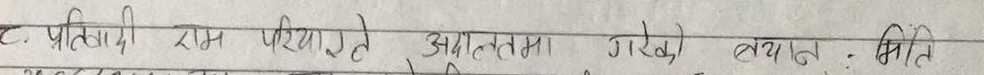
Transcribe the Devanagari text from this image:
८. प्रतिवादी राम परियारले अदालतमा गरेको वयान : मिति